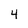
Character: 4